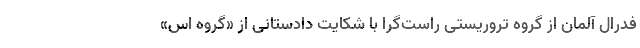
فدرال آلمان از گروه تروریستی راست‌گرا با شکایت دادستانی از «گروه اس»